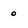
Character: o